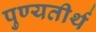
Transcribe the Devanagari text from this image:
पुण्यतीर्थ